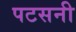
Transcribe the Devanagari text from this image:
पटसनी